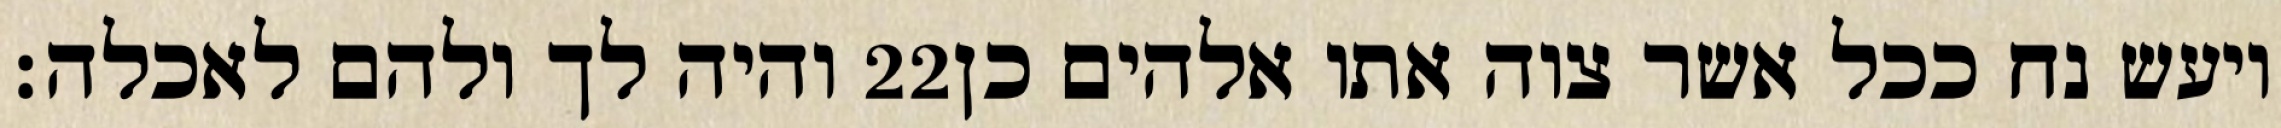
והיה לך ולהם לאכלה׃ ‎22‏ ויעש נח ככל אשר צוה אתו אלהים כן